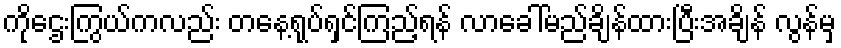
ကိုဌေးကြွယ်ကလည်း တနေ့ရုပ်ရှင်ကြည့်ရန် လာခေါ်မည်ချိန်ထားပြီးအချိန် လွန်မှ